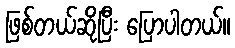
ဖြစ်တယ်ဆိုပြီး ပြောပါတယ်။